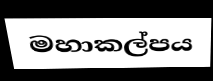
මහාකල්පය